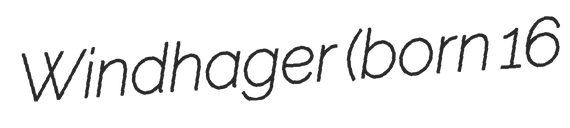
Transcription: Windhager (born 16